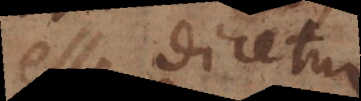
esse dicetur,